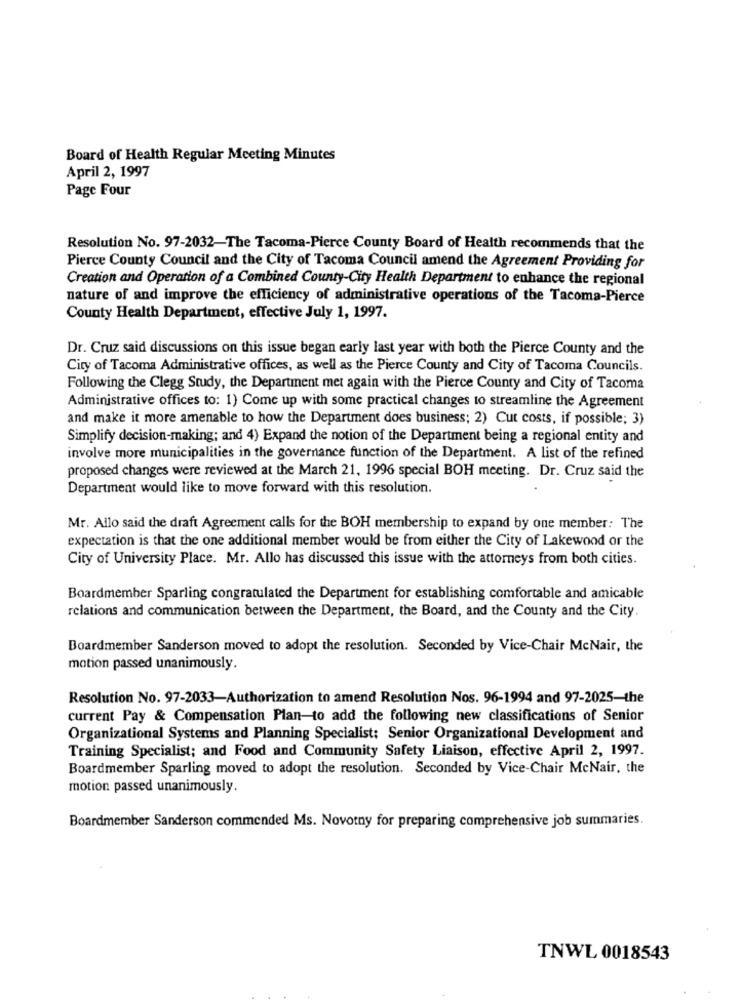
Board of Health Regular Meeting Minutes
April 2, 1997
Page Four
Resolution No. 97-2032-The Tacoma-Pierce County Board of Health recommends that the
Pierce County Council and the City of Tacoma Council amend the Agreement Providing for
Creation and Operation of a Combined County-City Health Department to enhance the regional
nature of and improve the efficiency of administrative operations of the Tacoma-Pierce
County Health Department, effective July 1, 1997.
Dr. Cruz said discussions on this issue began early last year with both the Pierce County and the
City of Tacoma Administrative offices, as well as the Pierce County and City of Tacoma Councils.
Following the Clegg Study, the Department met again with the Pierce County and City of Tacoma
Administrative offices to: 1) Come up with some practical changes to streamline the Agreement
and make it more amenable to how the Department does business; 2) Cut costs, if possible; 3)
Simplify decision-making; and 4) Expand the notion of the Department being a regional entity and
involve more municipalities in the governance function of the Department. A list of the refined
proposed changes were reviewed at the March 21, 1996 special BOH meeting. Dr. Cruz said the
Department would like to move forward with this resolution.
Mr. Allo said the draft Agreement calls for the BOH membership to expand by one member: The
expectation is that the one additional member would be from either the City of Lakewood or the
City of University Place. Mr. Allo has discussed this issue with the attorneys from both cities.
Boardmember Sparling congratulated the Department for establishing comfortable and amicable
relations and communication between the Department, the Board, and the County and the City.
Boardmember Sanderson moved to adopt the resolution. Seconded by Vice-Chair McNair, the
motion passed unanimously.
Resolution No. 97-2033-Authorization to amend Resolution Nos. 96-1994 and 97-2025-the
current Pay & Compensation Plan-to add the following new classifications of Senior
Organizational Systems and Planning Specialist: Senior Organizational Development and
Training Specialist; and Food and Community Safety Liaison, effective April 2, 1997.
Boardmember Sparling moved to adopt the resolution. Seconded by Vice-Chair McNair, the
motion passed unanimously.
Boardmember Sanderson commended Ms. Novotny for preparing comprehensive job summaries.
TNWL 0018543